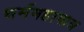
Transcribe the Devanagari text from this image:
धर्ममहामात्र